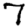
Digit: 7